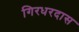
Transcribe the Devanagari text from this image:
गिरधरदास